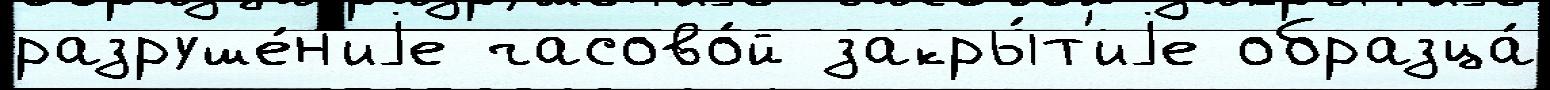
разруше́н'иjе часово́й закры́т'иjе образца́